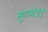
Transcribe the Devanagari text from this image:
मुठभेडों